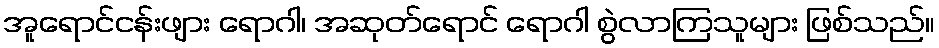
အူရောင်ငန်းဖျား ရောဂါ၊ အဆုတ်ရောင် ရောဂါ စွဲလာကြသူများ ဖြစ်သည်။